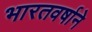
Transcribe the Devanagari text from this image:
भारतवर्षाने